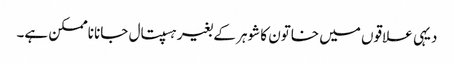
دیہی علاقوں میں خاتون کا شوہر کے بغیر ہسپتال جانا ناممکن ہے۔